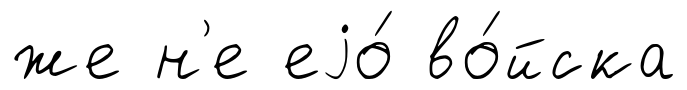
же н'е еjо́ во́йска